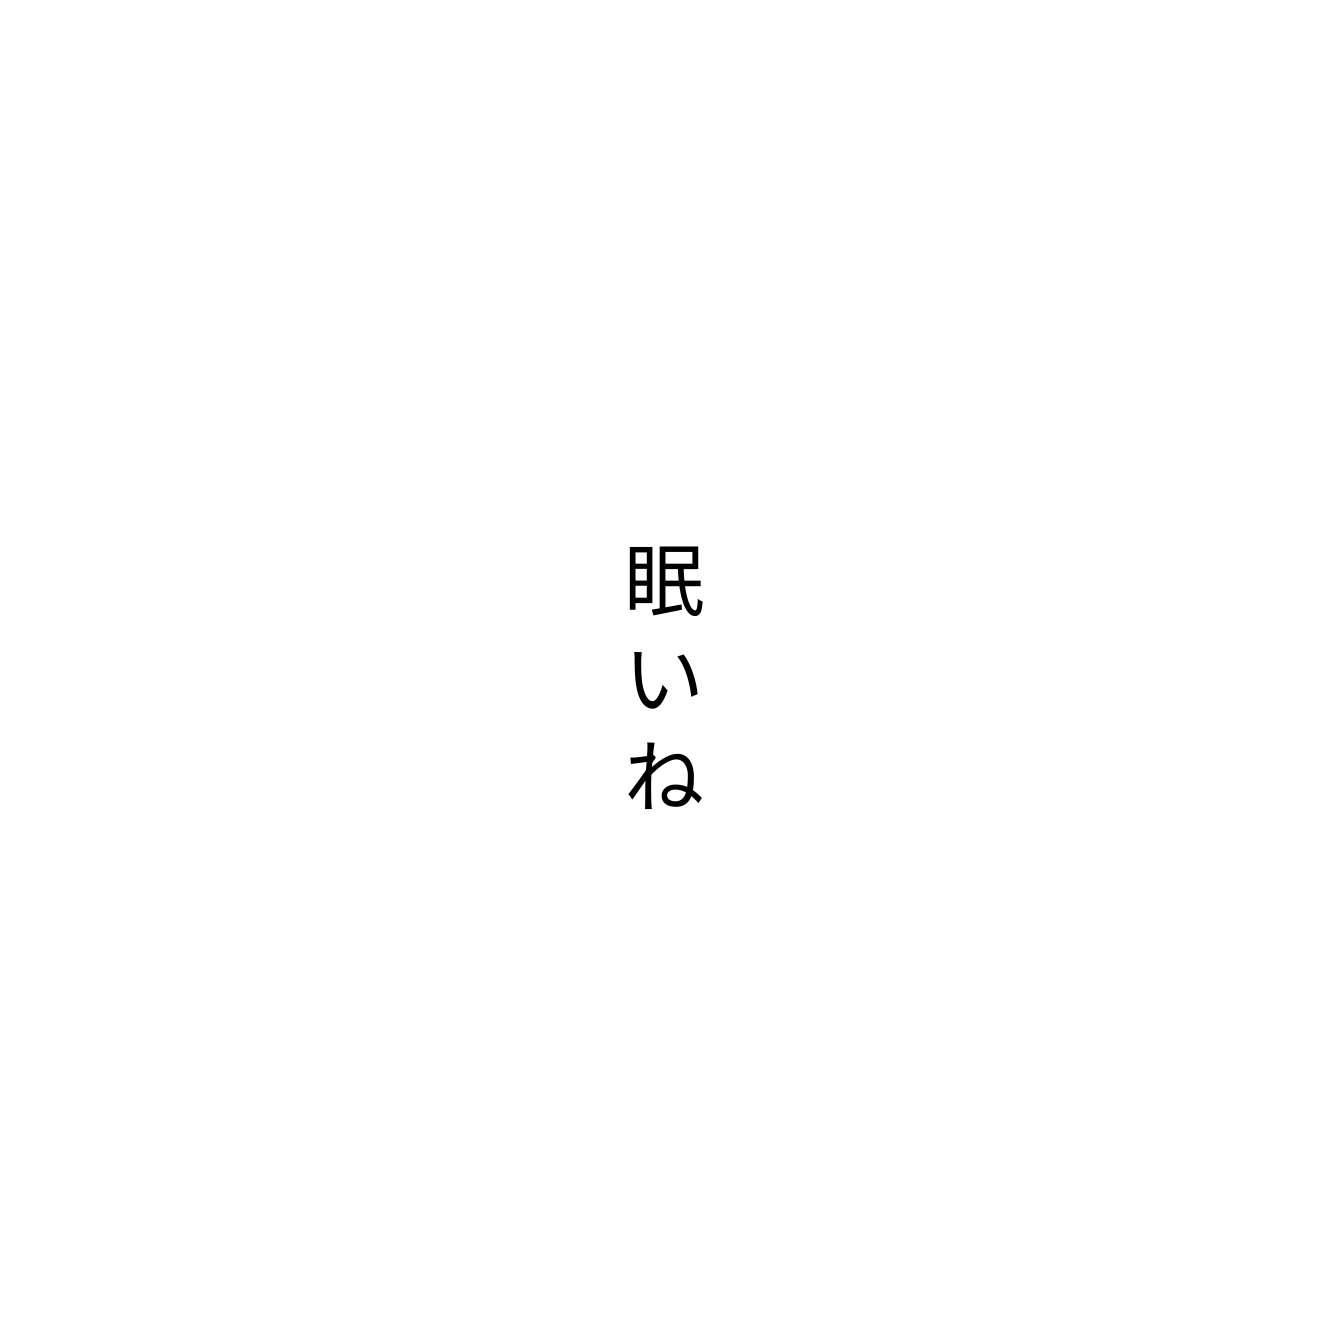
眠いね